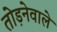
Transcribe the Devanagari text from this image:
तोड़नेवाले